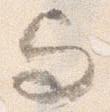
与